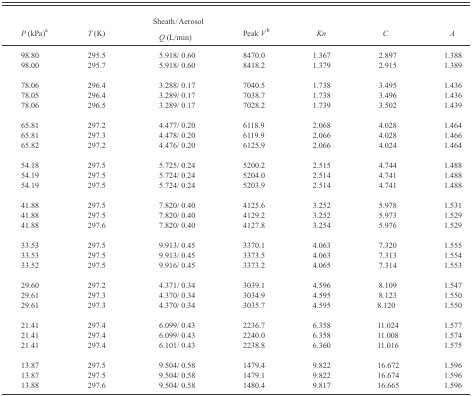
<table><thead><tr><td></td><td></td><td><b>Sheath/Aerosol</b></td><td></td><td></td><td></td><td></td></tr><tr><td><b><i>P</i> (kPa)a</b></td><td><b><i>T</i> (K)</b></td><td><b><i>Q</i> (L/min)</b></td><td><b>Peak <i>V</i>b</b></td><td><b><i>Kn</i></b></td><td><b><i>C</i></b></td><td><b><i>A</i></b></td></tr></thead><tbody><tr><td>98.80</td><td>295.5</td><td>5.918/ 0.60</td><td>8470.0</td><td>1.367</td><td>2.897</td><td>1.388</td></tr><tr><td>98.00</td><td>295.7</td><td>5.918/ 0.60</td><td>8418.2</td><td>1.379</td><td>2.915</td><td>1.389</td></tr><tr><td>78.06</td><td>296.4</td><td>3.288/ 0.17</td><td>7040.5</td><td>1.738</td><td>3.495</td><td>1.436</td></tr><tr><td>78.05</td><td>296.4</td><td>3.289/ 0.17</td><td>7038.7</td><td>1.738</td><td>3.496</td><td>1.436</td></tr><tr><td>78.06</td><td>296.5</td><td>3.289/ 0.17</td><td>7028.2</td><td>1.739</td><td>3.502</td><td>1.439</td></tr><tr><td>65.81</td><td>297.2</td><td>4.477/ 0.20</td><td>6118.9</td><td>2.068</td><td>4.028</td><td>1.464</td></tr><tr><td>65.81</td><td>297.3</td><td>4.478/ 0.20</td><td>6119.9</td><td>2.066</td><td>4.028</td><td>1.466</td></tr><tr><td>65.82</td><td>297.2</td><td>4.476/ 0.20</td><td>6125.9</td><td>2.066</td><td>4.024</td><td>1.464</td></tr><tr><td>54.18</td><td>297.5</td><td>5.725/ 0.24</td><td>5200.2</td><td>2.515</td><td>4.744</td><td>1.488</td></tr><tr><td>54.19</td><td>297.5</td><td>5.724/ 0.24</td><td>5204.0</td><td>2.514</td><td>4.741</td><td>1.488</td></tr><tr><td>54.19</td><td>297.5</td><td>5.724/ 0.24</td><td>5203.9</td><td>2.514</td><td>4.741</td><td>1.488</td></tr><tr><td>41.88</td><td>297.5</td><td>7.820/ 0.40</td><td>4125.6</td><td>3.252</td><td>5.978</td><td>1.531</td></tr><tr><td>41.88</td><td>297.5</td><td>7.820/ 0.40</td><td>4129.2</td><td>3.252</td><td>5.973</td><td>1.529</td></tr><tr><td>41.88</td><td>297.6</td><td>7.820/ 0.40</td><td>4127.8</td><td>3.254</td><td>5.976</td><td>1.529</td></tr><tr><td>33.53</td><td>297.5</td><td>9.913/ 0.45</td><td>3370.1</td><td>4.063</td><td>7.320</td><td>1.555</td></tr><tr><td>33.53</td><td>297.5</td><td>9.913/ 0.45</td><td>3373.5</td><td>4.063</td><td>7.313</td><td>1.554</td></tr><tr><td>33.52</td><td>297.5</td><td>9.916/ 0.45</td><td>3373.2</td><td>4.065</td><td>7.314</td><td>1.553</td></tr><tr><td>29.60</td><td>297.2</td><td>4.371/ 0.34</td><td>3039.1</td><td>4.596</td><td>8.109</td><td>1.547</td></tr><tr><td>29.61</td><td>297.3</td><td>4.370/ 0.34</td><td>3034.9</td><td>4.595</td><td>8.123</td><td>1.550</td></tr><tr><td>29.61</td><td>297.3</td><td>4.370/ 0.34</td><td>3035.7</td><td>4.595</td><td>8.120</td><td>1.550</td></tr><tr><td>21.41</td><td>297.4</td><td>6.099/ 0.43</td><td>2236.7</td><td>6.358</td><td>11.024</td><td>1.577</td></tr><tr><td>21.41</td><td>297.4</td><td>6.099/ 0.43</td><td>2240.0</td><td>6.358</td><td>11.008</td><td>1.574</td></tr><tr><td>21.41</td><td>297.4</td><td>6.101/ 0.43</td><td>2238.8</td><td>6.360</td><td>11.016</td><td>1.575</td></tr><tr><td>13.87</td><td>297.5</td><td>9.504/ 0.58</td><td>1479.4</td><td>9.822</td><td>16.672</td><td>1.596</td></tr><tr><td>13.87</td><td>297.5</td><td>9.504/ 0.58</td><td>1479.1</td><td>9.822</td><td>16.674</td><td>1.596</td></tr><tr><td>13.88</td><td>297.6</td><td>9.504/ 0.58</td><td>1480.4</td><td>9.817</td><td>16.665</td><td>1.596</td></tr></tbody></table>